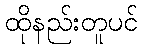
ထိုနည်းတူပင်